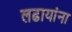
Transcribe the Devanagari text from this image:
लढायांना